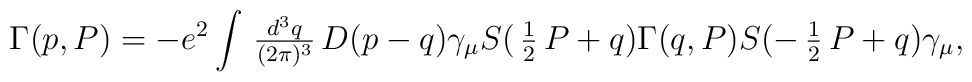
\Gamma(p,P) = -e^2 \int \mbox{$ \, \frac{d^3q}{(2\pi)^3} \,$} D(p-q) \gamma_\mu S(\mbox{$ \, \frac{1}{2} \,$} P+q)       \Gamma(q,P)S(-\mbox{$ \, \frac{1}{2} \,$} P+q)        \gamma_\mu,